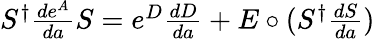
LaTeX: \begin{array}{r}{S^{\dagger}\frac{de^{A}}{da}S=e^{D}\frac{dD}{da}+E\circ(S^{\dagger}\frac{dS}{da})}\end{array}